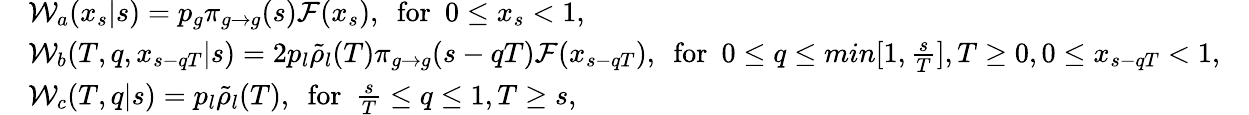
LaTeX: \begin{array}{rlr}&{{\cal W}_{a}(x_{s}|s)=p_{g}\pi_{g\to g}(s){\cal F}(x_{s}),\ \ \mathrm{for}\ \ 0\le x_{s}<1,}&\\ &{{\cal W}_{b}(T,q,x_{s-qT}|s)=2p_{l}\tilde{\rho}_{l}(T)\pi_{g\to g}(s-qT){\cal F}(x_{s-qT}),\ \ \mathrm{for}\ \ 0\le q\le min[1,\frac{s}{T}],T\ge 0,0\le x_{s-qT}<1,}&\\ &{{\cal W}_{c}(T,q|s)=p_{l}\tilde{\rho}_{l}(T),\ \ \mathrm{for}\ \ \frac{s}{T}\le q\le 1,T\ge s,}&\end{array}